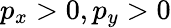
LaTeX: p_{x}>0,p_{y}>0